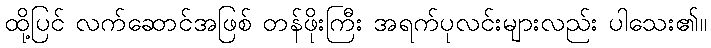
ထို့ပြင် လက်ဆောင်အဖြစ် တန်ဖိုးကြီး အရက်ပုလင်းများလည်း ပါသေး၏။